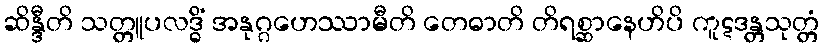
ဆိန္ဒီတိ သတ္တူပလဒ္ဓိံ အနုဂ္ဂဟေဿာမီတိ တေဓာတိ တိရစ္ဆာနေဟိပိ ကူဋဒန္တသုတ္တံ